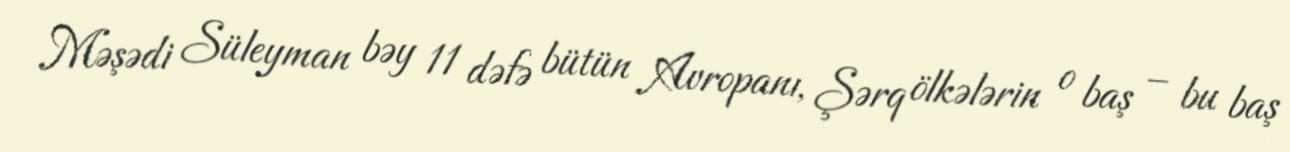
Məşədi Süleyman bəy 11 dəfə bütün Avropanı, Şərq ölkələrin o baş – bu baş